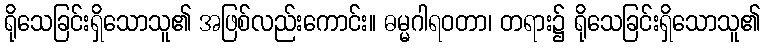
ရိုသေခြင်းရှိသောသူ၏ အဖြစ်လည်းကောင်း။ ဓမ္မဂါရဝတာ၊ တရား၌ ရိုသေခြင်းရှိသောသူ၏